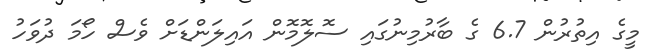
މީގެ އިތުރުން 6.7 ގެ ބާރުމިނުގައި ސޮލޮމޮން އައިލަންޑަށް ވެސް ހޯމަ ދުވަހު